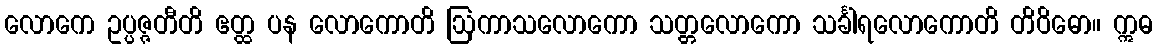
လောကေ ဥပ္ပဇ္ဇတီတိ ဧတ္ထ ပန လောကောတိ ဩကာသလောကော သတ္တလောကော သင်္ခါရလောကောတိ တိဝိဓော။ ဣဓ